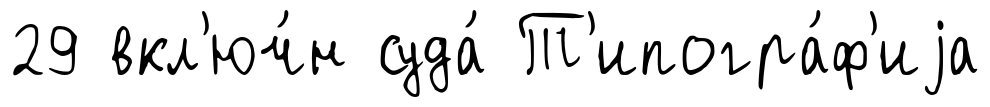
29 вкл'юч́н суда́ Т'ипогра́ф'иjа